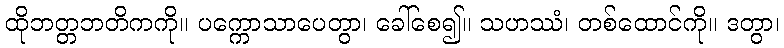
ထိုဘတ္တဘတိကကို။ ပက္ကောသာပေတွာ၊ ခေါ်စေ၍။ သဟဿံ၊ တစ်ထောင်ကို။ ဒတွာ၊